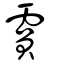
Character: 霣